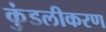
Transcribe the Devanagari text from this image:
कुंडलीकरण